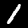
Digit: 1